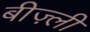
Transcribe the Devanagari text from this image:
बीज़्ली